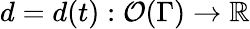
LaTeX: d=d(t):\mathcal{O}(\Gamma)\to\mathbb{R}